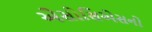
એસોસિએસનો